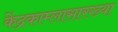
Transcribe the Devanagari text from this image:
केंद्रकाम्लासारख्या